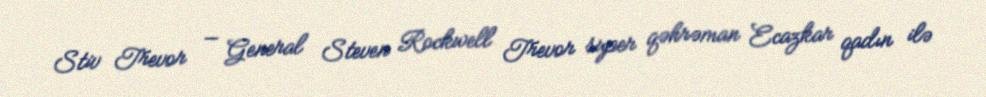
Stiv Trevor — General Steven Rockwell Trevor super qəhrəman Ecazkar qadın ilə